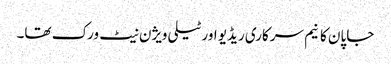
جاپان کا نیم سرکاری ریڈیو اور ٹیلی ویژن نیٹ ورک تھا۔